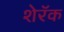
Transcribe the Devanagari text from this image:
शेरॅक